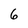
Character: 6